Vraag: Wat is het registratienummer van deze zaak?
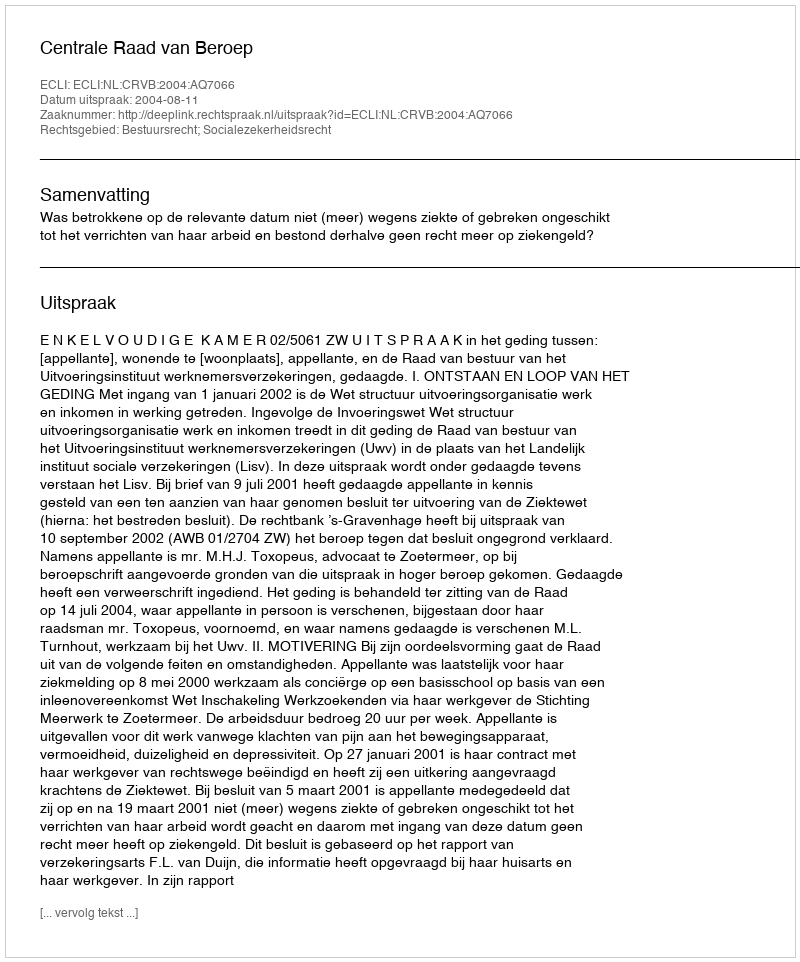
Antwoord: http://deeplink.rechtspraak.nl/uitspraak?id=ECLI:NL:CRVB:2004:AQ7066